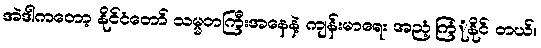
အဲဒါကတော့ နိုင်ငံတော် သမ္မတကြီးအနေနဲ့ ကျန်းမာရေး အညံ့ကြံုနိုင် တယ်။